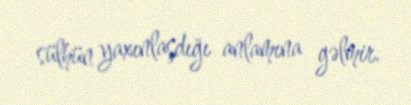
sülhün yaxınlaşdığı anlamına gəlmir.